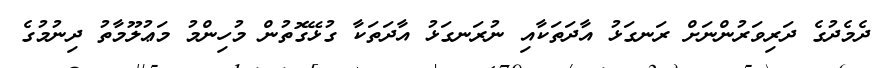
ދެމެދުގެ ދަރިވަރުންނަށް ރަނގަޅު އާދަތަކާއި ނުރަނގަޅު އާދަތަކާ ގުޅޭގޮތުން މުހިންމު މަޢުލޫމާތު ދިނުމުުގެ